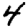
Digit: 4